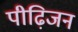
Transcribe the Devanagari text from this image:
पीढ़िजन